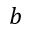
b